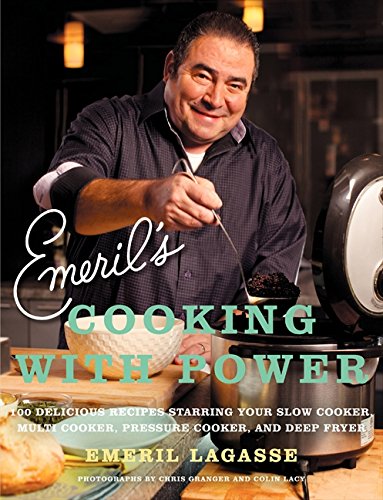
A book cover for Emeril's Cooking with Power: 100 Delicious Recipes Starring Your Slow Cooker, Multi Cooker, Pressure Cooker, and Deep Fryer; Emeril Lagasse; Cookbooks, Food & Wine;